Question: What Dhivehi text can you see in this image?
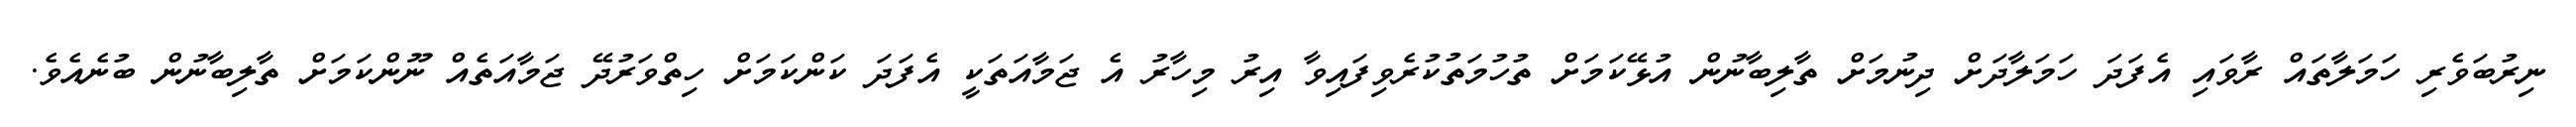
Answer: ނިރުބަވެރި ހަމަލާތައް ރާވައި އެފަދަ ހަމަލާދަށް ދިނުމަށް ތާލިބާނުން އުޅޭކަމަށް ތުހުމަތުކުރެވިފައިވާ އިރު މިހާރު އެ ޖަމާއަތަކީ އެފަދަ ކަންކަމަށް ހިތްވަރުދޭ ޖަމާއަތެއް ނޫންކަމަށް ތާލިބާނުން ބުނެއެވެ.